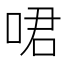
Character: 𠲰